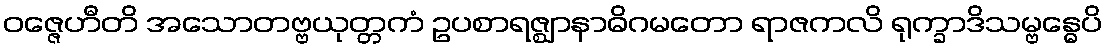
ဝဇ္ဇေဟီတိ အသောတဗ္ဗယုတ္တကံ ဥပစာရဇ္ဈာနာဓိဂမတော ရာဇကလိ ရုက္ခာဒိသမ္ဗန္ဓေပိ